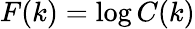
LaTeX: F(k)=\log C(k)